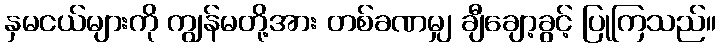
နှမငယ်များကို ကျွန်မတို့အား တစ်ခဏမျှ ချီချော့ခွင့် ပြုကြသည်။